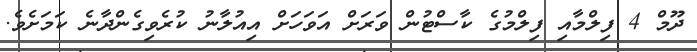
ދޫމް 4 ފިލްމާއި ފިލްމުގެ ކާސްޓުން ވަރަށް އަވަހަށް އިއުލާނު ކުރެވިގެންދާނެ ކަމަށެވެ.